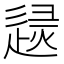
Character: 𨓶